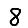
Digit: 8